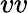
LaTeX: vv